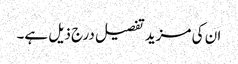
ان کی مزید تفصیل درج ذیل ہے۔